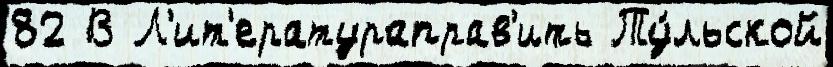
82 В Л'ит'ератураправ'ить Ту́льской